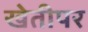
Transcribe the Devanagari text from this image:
खेतीपर